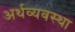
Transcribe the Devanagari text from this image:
अर्थव्यवस्‍था